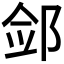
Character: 𮷪